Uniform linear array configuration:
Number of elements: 16
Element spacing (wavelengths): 0.75
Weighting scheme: binomial
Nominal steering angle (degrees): -15
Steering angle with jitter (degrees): -16.482
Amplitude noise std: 0.05
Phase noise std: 0.05

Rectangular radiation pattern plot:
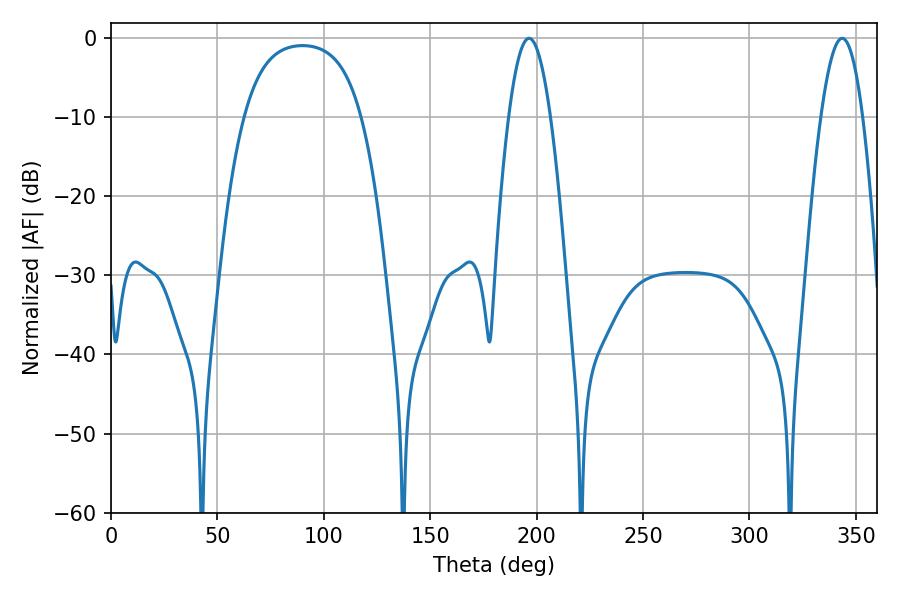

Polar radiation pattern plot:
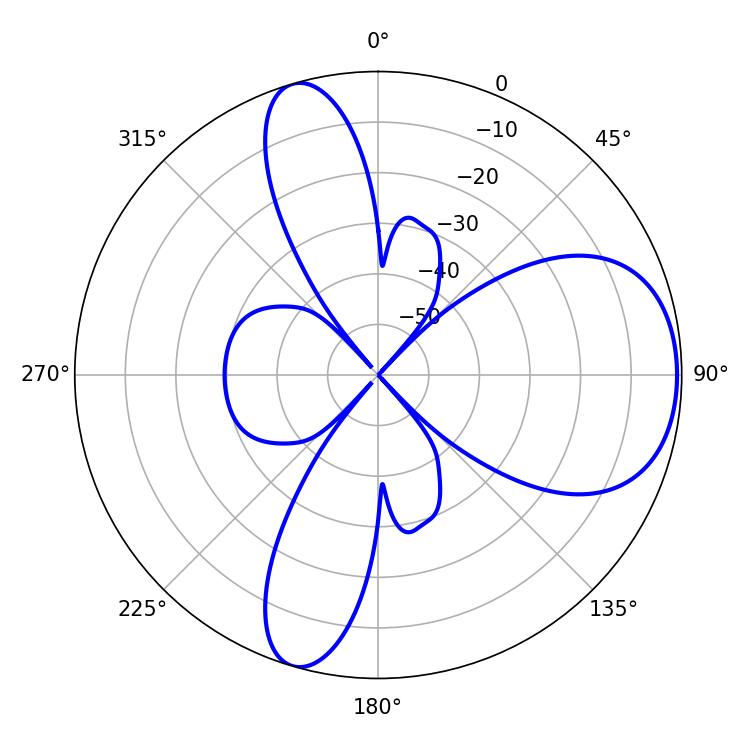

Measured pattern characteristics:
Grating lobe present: TRUE
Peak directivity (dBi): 7.016
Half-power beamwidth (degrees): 10.62
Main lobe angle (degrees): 196.38